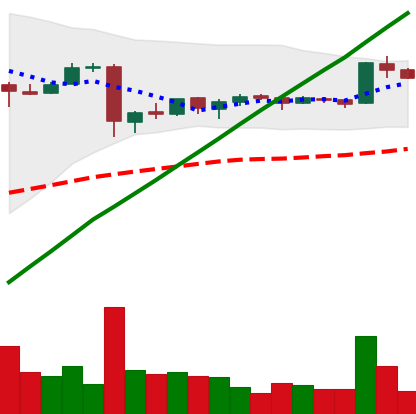
Ticker: BTC-USD
Chart end date: 2016-01-09
Forward return: -3.866%
Label: down_3_5